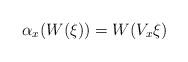
LaTeX: \begin{align*}\alpha_{x}(W(\xi))=W(V_{x}\xi)\end{align*}